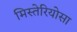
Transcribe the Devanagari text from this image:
मिस्तेरियोसा